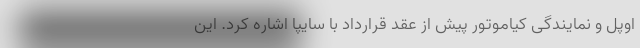
اوپل و نمایندگی کیاموتور پیش از عقد قرارداد با سایپا اشاره کرد. این